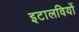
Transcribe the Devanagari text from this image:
इटालवियों